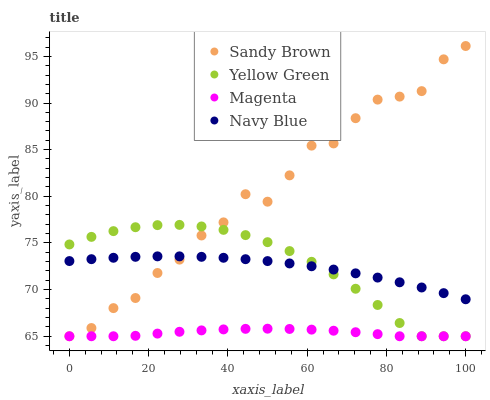
| xaxis_label | Sandy Brown | Yellow Green | Magenta | Navy Blue |
 | --- | --- | --- | --- | --- |
 | 0 | 65 | 74.8 | 65 | 73.1 |
 | 5.56 | 65.9 | 75.7 | 65 | 73.3 |
 | 11.1 | 68 | 76.3 | 65 | 73.4 |
 | 16.7 | 69.1 | 76.7 | 65 | 73.5 |
 | 22.2 | 71.8 | 76.9 | 65.3 | 73.6 |
 | 27.8 | 73.2 | 76.9 | 65.5 | 73.6 |
 | 33.3 | 75.8 | 76.8 | 65.6 | 73.5 |
 | 38.9 | 77.2 | 76.4 | 65.7 | 73.4 |
 | 44.4 | 80.2 | 75.8 | 65.8 | 73.3 |
 | 50 | 79.4 | 75.1 | 65.8 | 73.1 |
 | 55.6 | 82.2 | 74.1 | 65.8 | 72.8 |
 | 61.1 | 85.4 | 73 | 65.7 | 72.5 |
 | 66.7 | 85.7 | 71.6 | 65.6 | 72.1 |
 | 72.2 | 88.4 | 70.1 | 65.4 | 71.7 |
 | 77.8 | 90.4 | 68.4 | 65.2 | 71.3 |
 | 83.3 | 90.7 | 66.4 | 65 | 70.8 |
 | 88.9 | 91.3 | 65 | 65 | 70.2 |
 | 94.4 | 94.7 | 65 | 65 | 69.6 |
 | 100 | 96.1 | 65 | 65 | 69 |